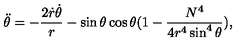
\ddot { \theta } = - \frac { 2 \dot { r } \dot { \theta } } { r } - \sin \theta \cos \theta ( 1 - \frac { N ^ { 4 } } { 4 r ^ { 4 } \sin ^ { 4 } \theta } ) ,